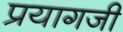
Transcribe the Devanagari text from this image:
प्रयागजी